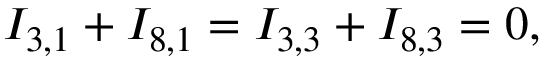
I _ { 3 , 1 } + I _ { 8 , 1 } = I _ { 3 , 3 } + I _ { 8 , 3 } = 0 ,